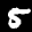
Label: 5